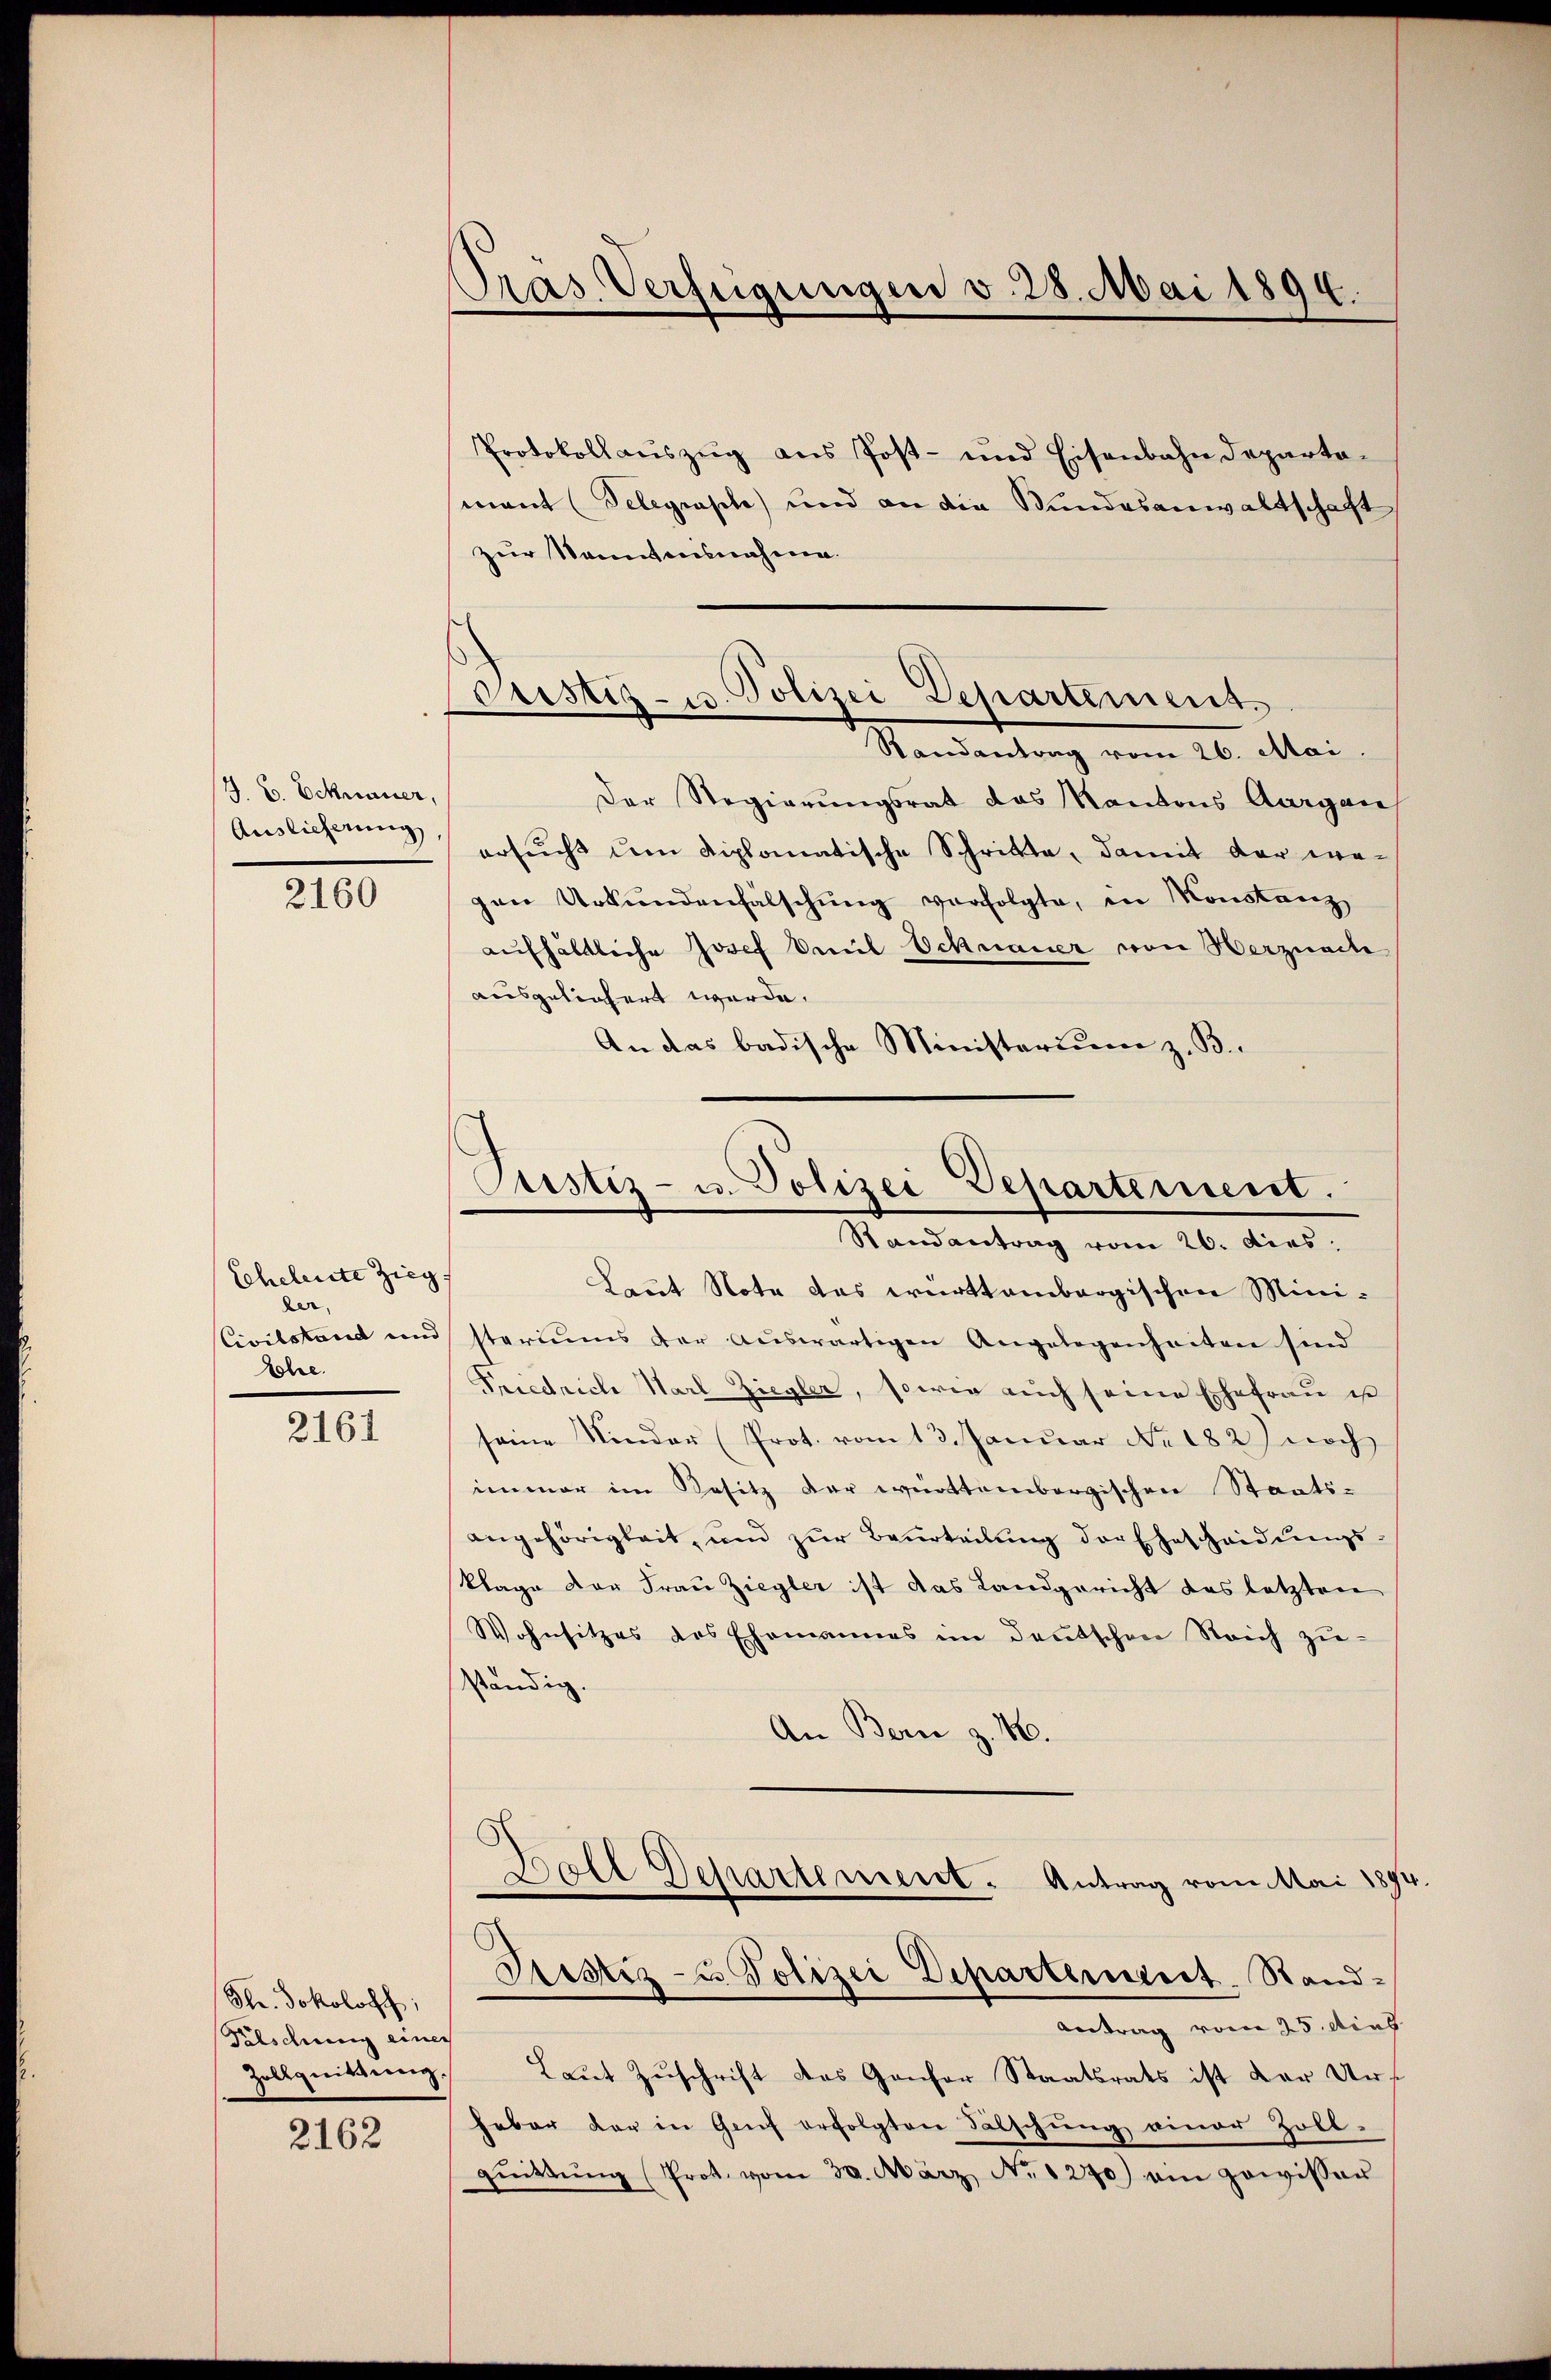
J. C. Ecknauer,

2160

Scheleute Zieg
der,
Civilstand und
Ehe.

2161

Str. Sokolosch,
Fieschung einer
Zollquittung.

2162

Pras. Verfügungen v. 28. Mai 1894.

Bustiz- u. Polizei Departement.
Standantung vom 26. Mai.

Protokollaŭszŭg ans Post- und Eisenbahndeparta-
mant (Telegrasch) und an die Bundesanwaltschaft
zur Namensnahme.
Der Regierungsrat das Kantons Aargau
Auslicherung ersucht dem diplomatische Schritte, damit der wegen Urkundenfälschŭng verfolgte, in Konstanz
aufhältliche Josef Paul Schnauer von Herznach
ausgeliefert werde.
An das badische Ministerium z. B.

Justiz- u. Polizei Departement.
Randantrag vom 26. dies

Laut Note das württembergischen Ministeriums der aŭswärtigen Angelegenheiten sind
Friedrich Harl Ziegler, sowie auch seine Ehefrau ist
seine Kinder (Prot. vom 13. Januar No. 182) noch
immer im Besitz der württembergischen Staats-
angehörigkeit, und zŭr Beurteilŭng der Ehescheidŭngs-
klage der Frau Ziegler ist das Landgericht das letzten
Wohnsitzes des Ehemannes im deutschen Reich zŭ-
ständig.
An Bern z. 16.
Ball Departement. Antrag vom Mai 1894.
Justiz- u. Polizei Departement. Sand¬
Antrag vom 25. dies
Laut Zuschrift des Gansor Staatsrats ist der Urhaber der in Genf erfolgten Fälschŭng einer Zoll-
qŭittŭng (Prot. vom 30. März No. 1270) ein gewisser